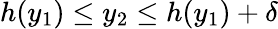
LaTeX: h(y_{1})\leq y_{2}\leq h(y_{1})+\delta